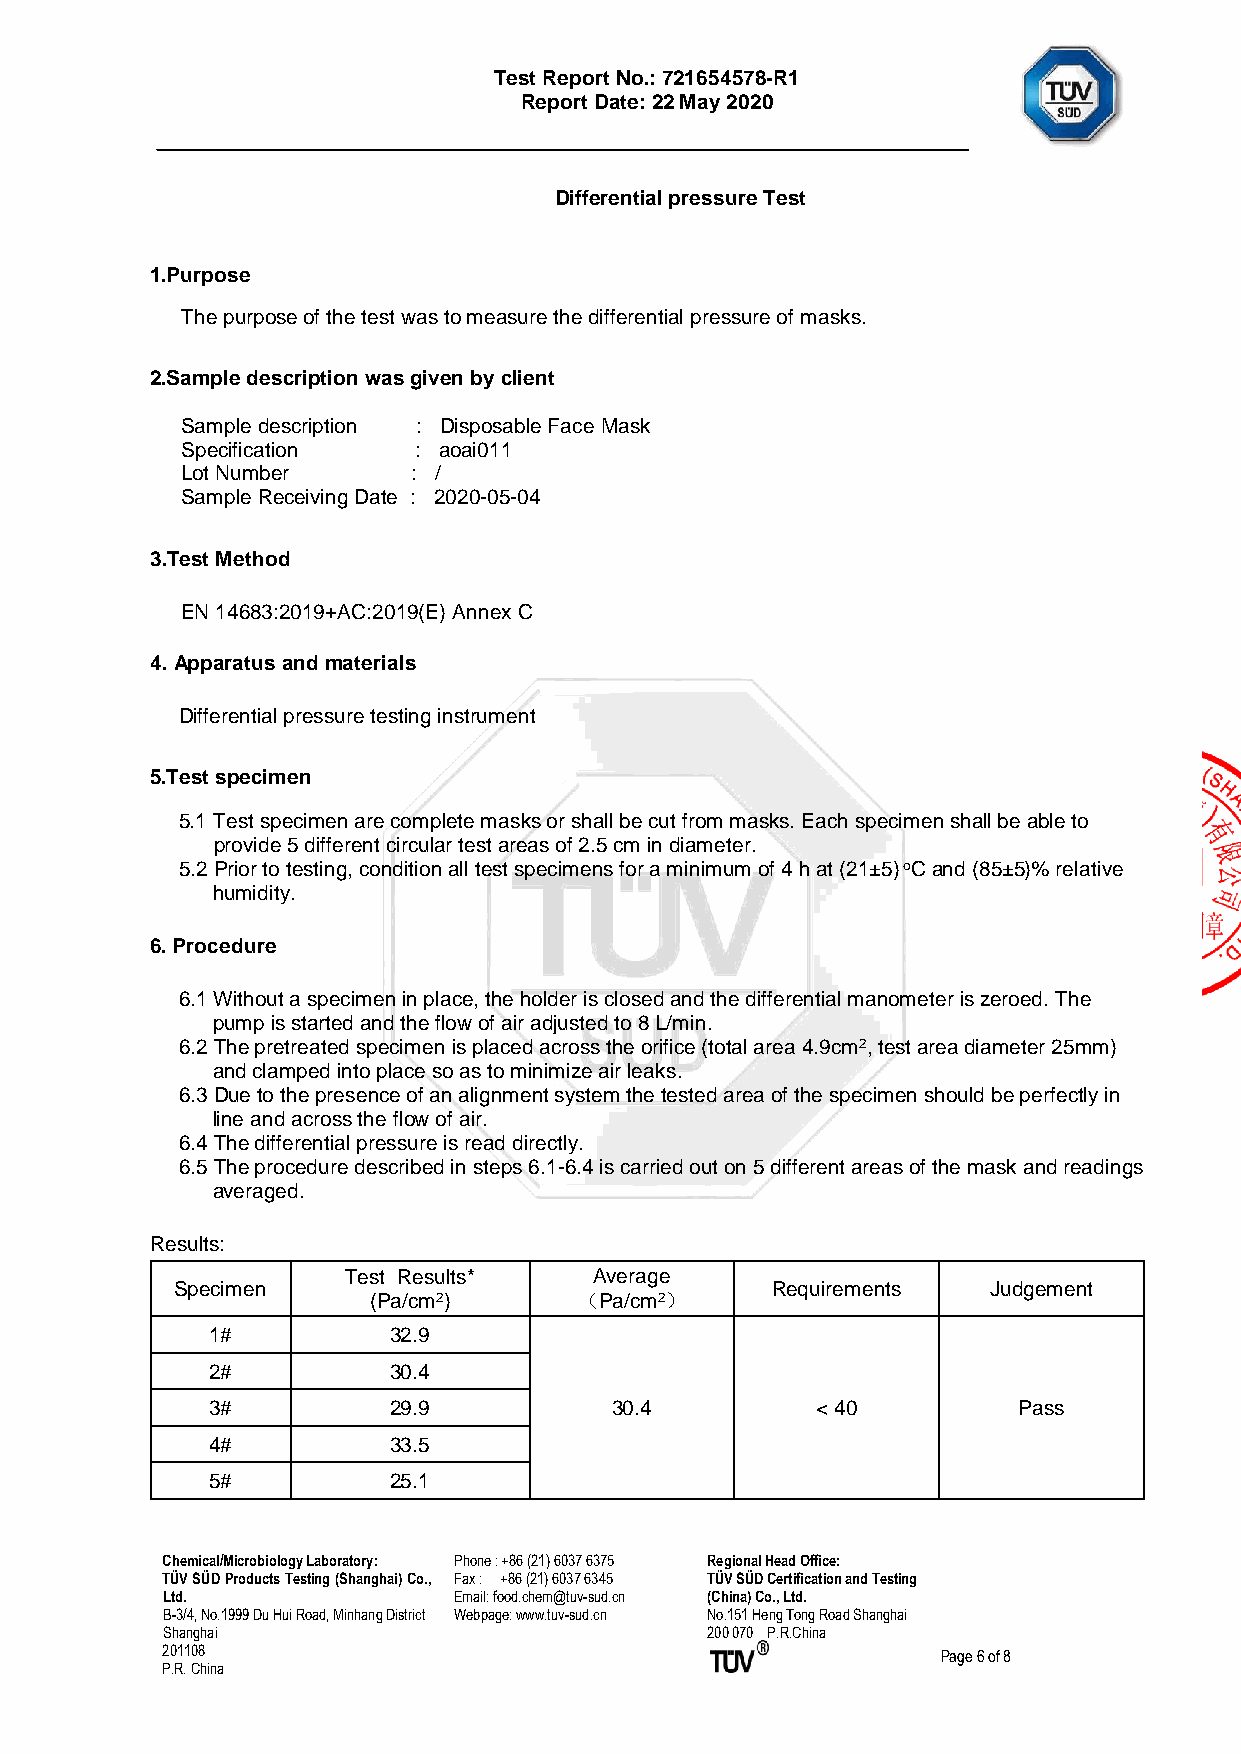
Test Report No.: 721654578-R1
 Report Date: 22 May 2020
 Differential pressure Test
 1.Purpose
 The purpose of the test was to measure the differential pressure of masks.
 2.Sample description was given by client
 Sample description : Disposable Face Mask
 Specification  : aoai011
 Lot Number     : /
 Sample Receiving Date : 2020-05-04
 3.Test Method
 EN 14683:2019+AC:2019(E) Annex C
 4. Apparatus and materials
 Differential pressure testing instrument
 5.Test specimen
 5.1 Test specimen are complete masks or shall be cut from masks. Each specimen shall be able to
 provide 5 different circular test areas of 2.5 cm in diameter.
 5.2 Prior to testing, condition all test specimens for a minimum of 4 h at (21±5) oC and (85±5)% relative
 humidity.
 6. Procedure
 6.1 Without a specimen in place, the holder is closed and the differential manometer is zeroed. The
 pump is started and the flow of air adjusted to 8 L/min.
 6.2 The pretreated specimen is placed across the orifice (total area 4.9cm2, test area diameter 25mm)
 and clamped into place so as to minimize air leaks.
 6.3 Due to the presence of an alignment system the tested area of the specimen should be perfectly in
 line and across the flow of air.
 6.4 The differential pressure is read directly.
 6.5 The procedure described in steps 6.1-6.4 is carried out on 5 different areas of the mask and readings
 averaged.
 Results:
 Test Results*   Average
 Specimen                               Requirements   Judgement
 (Pa/cm2)      （Pa/cm2）
 1#          32.9
 2#          30.4
 3#          29.9          30.4          < 40         Pass
 4#          33.5
 5#          25.1
 Chemical/Microbiology Laboratory: Phone : +86 (21) 6037 6375 Regional Head Office:
 TÜV SÜD Products Testing (Shanghai) Co., Fax : +86 (21) 6037 6345 TÜV SÜD Certification and Testing
 Ltd.               Email: food.chem@tuv-sud.cn (China) Co., Ltd.
 B-3/4, No.1999 Du Hui Road, Minhang District Webpage: www.tuv-sud.cn No.151 Heng Tong Road Shanghai
 Shanghai                            200 070 P.R.China
 201108                                             Page 6 of 8
 P.R. China